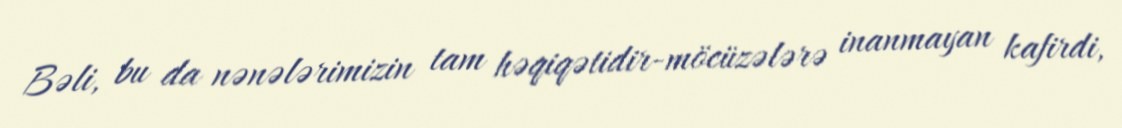
Bəli, bu da nənələrimizin tam həqiqətidir-möcüzələrə inanmayan kafirdi,